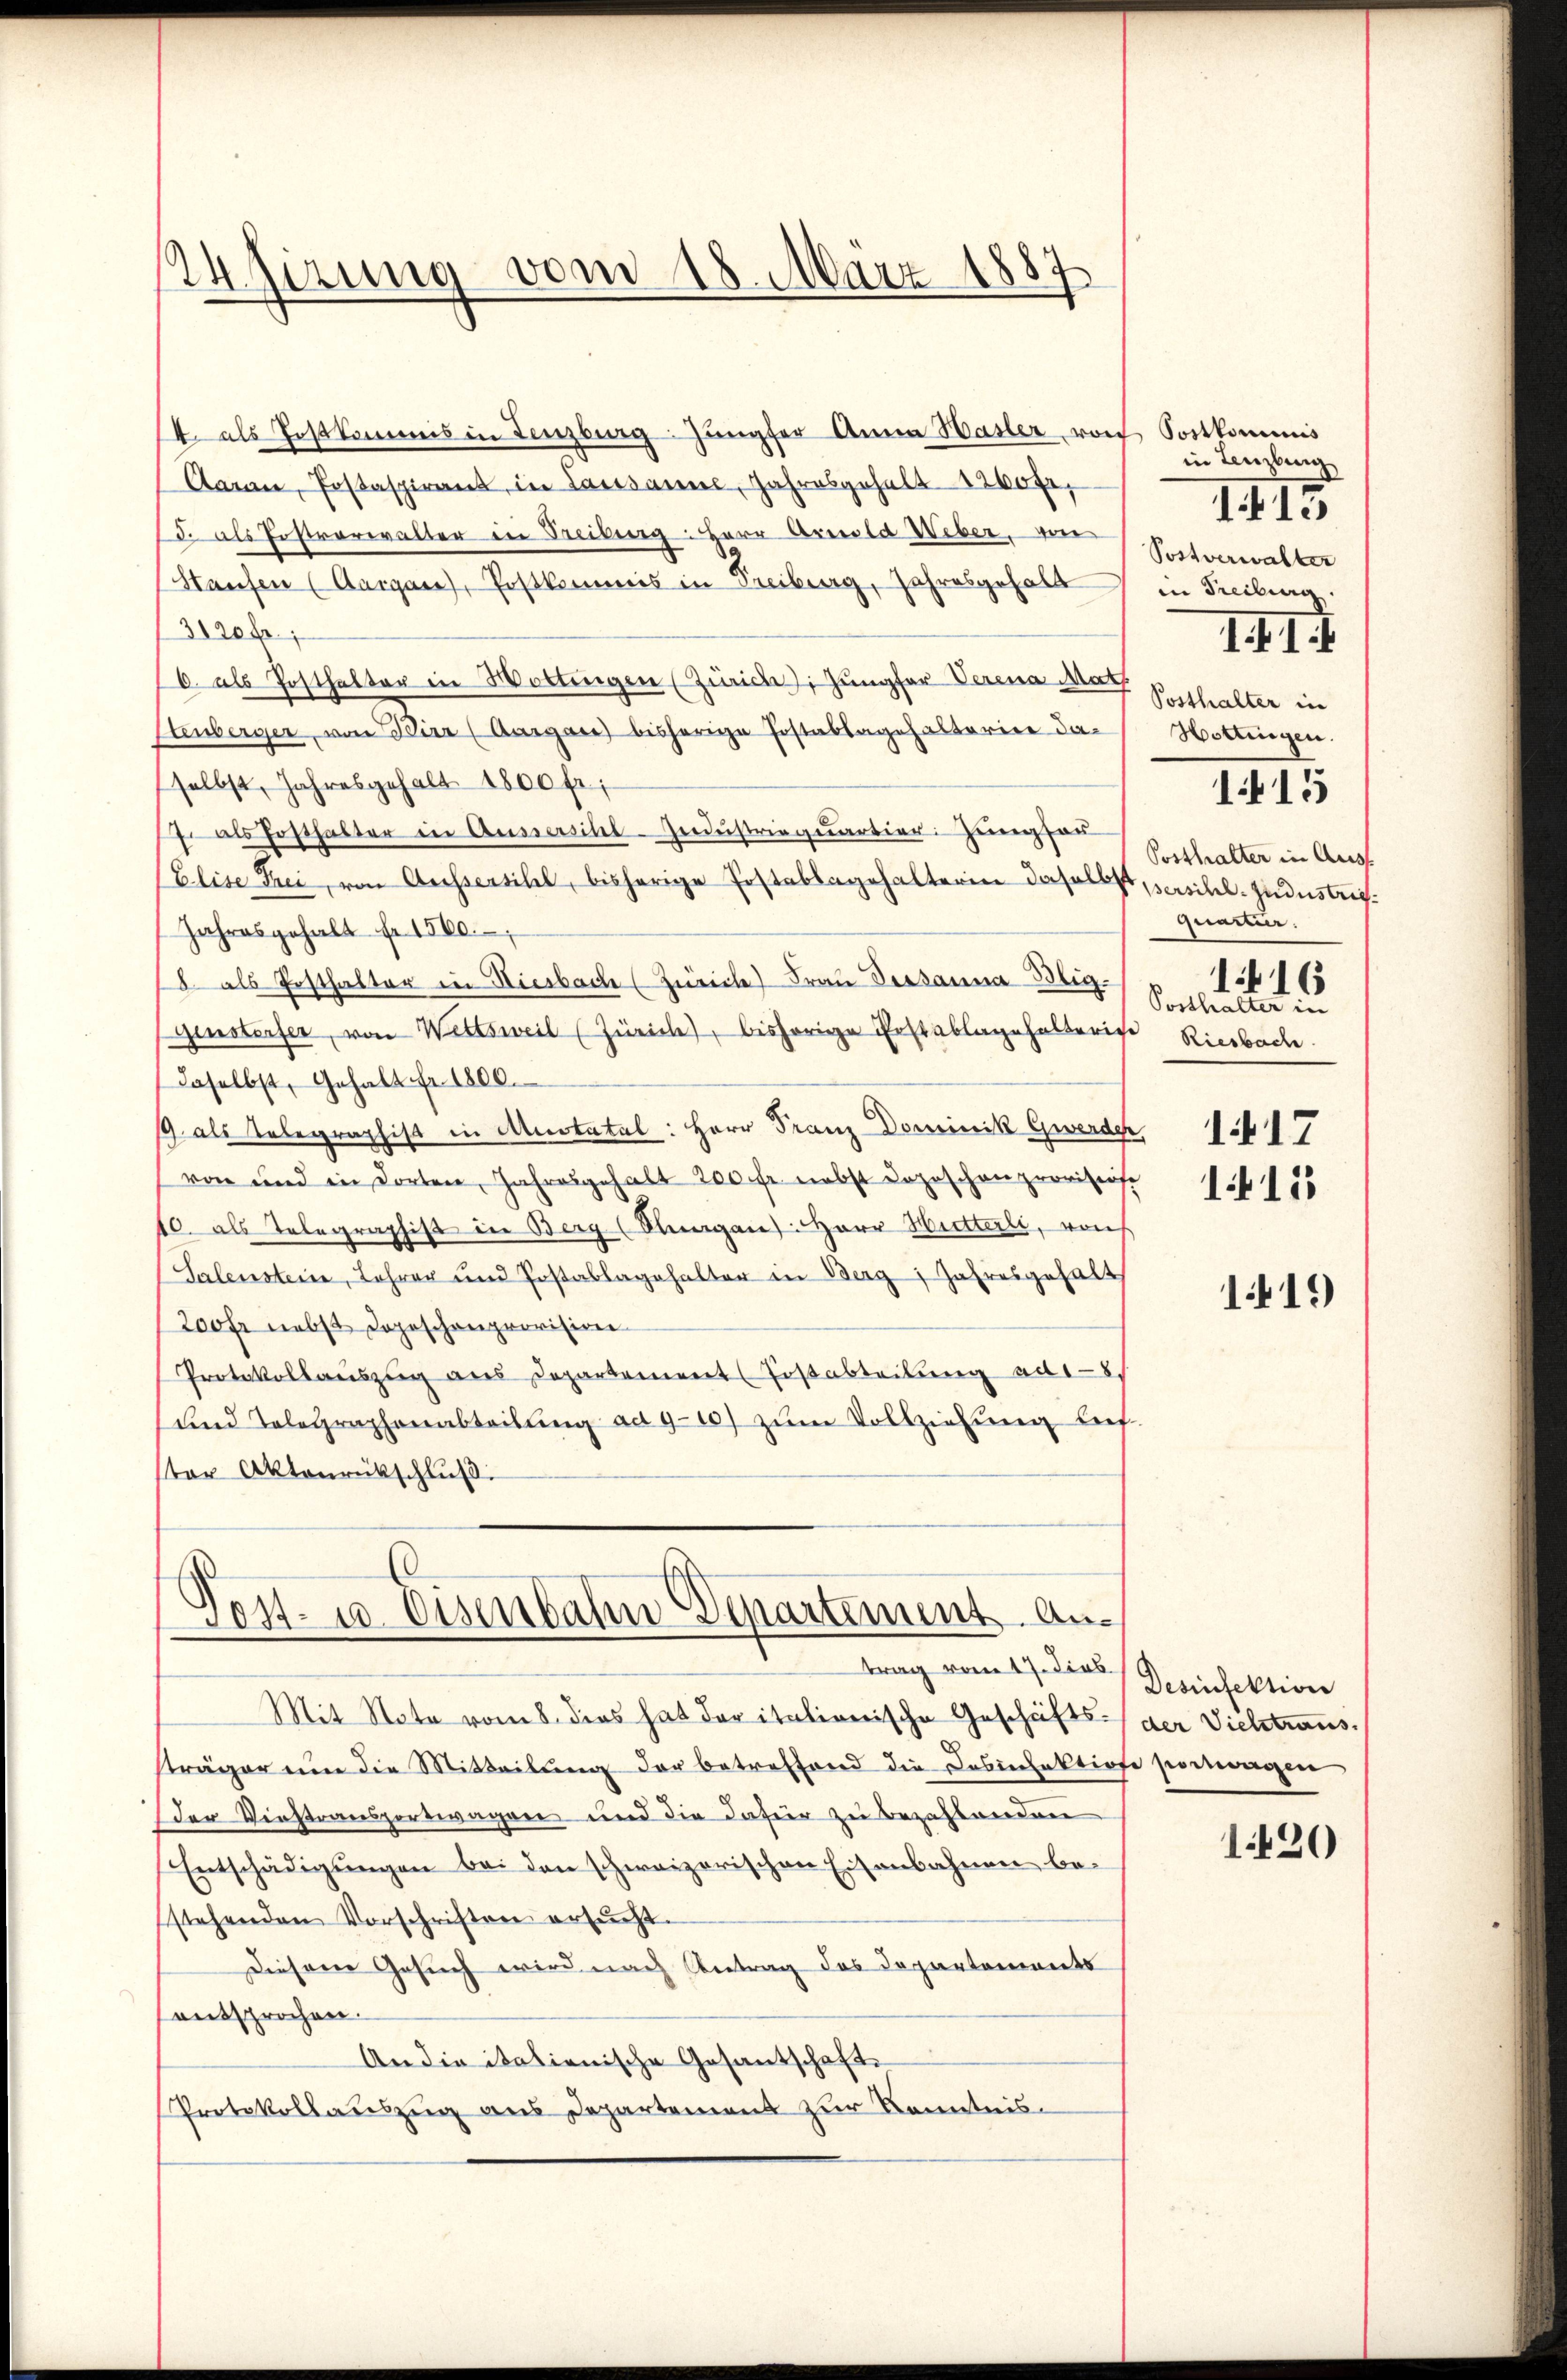
24sizung vom 18. März 1887

14. als Postkommis in Lenzburg. Jungfer Anna Hasler von Postkommis
Aarn, Postaspirant, in Lausanne, Jahresgehalt 1260 fr.,
d. als Postverwalter in Treiburg: Herr Arnold Weber, von
Staufen (Aargau), Postkommis in Freiburg, Jahresgehalt
3120 fr.,
16. als Posthalter in Wottingen (Zürich. Jungfer Verena Math
Lauberger, von Wirz (Aargare) bisherige Postablagehalterien daselbst, Jahresgehalt 1800 fr.;
7. als Posthalter in Aussersihl-Industriequartier: Zungsau
Elise Frei, von Aussersihl, bisherige Postablagehalterin daselbst, persilil. Zudustrig
Jahresgehalt fr. 1560.
8 als Posthalter in Hierbache (Zürich) Frau Verkanna-Blig-
Ginsterfer, von Wettsweil (Zürich, bisherige Erstablagehalterige Riesbache
daselbst, Gehalt Fr. 1800.
19 als Telegraphist in Anstatal: Herr Franz Dominik Gwerder, 1417
von und in dorten, Jahresgehalt 200 fr. nebst dopeschon provisiose
10. als Telegraphist in Berg (Stangen): Herr Hütterli, von
Salenstein, Lehrer und Postablagehalter in Berg, Jahresgehalt
200 fr nebst dopeschenprovision
Protokollaŭszŭg ans Departement Jostabteilŭng ad 8.
und Telegraphenabteilŭng ad 9-10) zŭm Vollziehung lief
ter Aktenrückschluß.

Post. 10. Eisenbahn Departement. Autrag vom 17. dies

in Lenzburg
Postverwalter
in Freiburg
Posthalter in
Hottingen.
1415
Posthalter in Aus¬
Quartir
1416
Posthalter in

Mit Note vom 8. dies hat der italionische Geschäfts- der Viehtraus.
sträger um die Mitteilŭng der betreffend die Dosinfektione portagen
er Verstransportwagen und die dafür zu bezahlenden
Entschädigungen bei den schweizerischen Eisenbahnen bestehenden Vorschriften ersŭcht.
Diesem Gesuch wird nach Antrag des Departements
entsprochen.
An die italienische Gesantschaft
Protokollauszug aus Departement zur Kenntnis.

II15

1. f. I

1411

1419

Desinfektion

1420